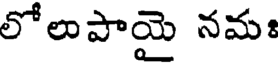
లోలుపాయై నమః